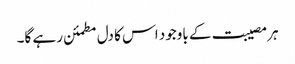
ہر مصیبت کے باوجود اس کا دل مطمئن رہے گا۔